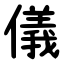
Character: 儀